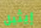
إيثيل